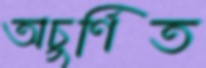
অচুর্ণিত